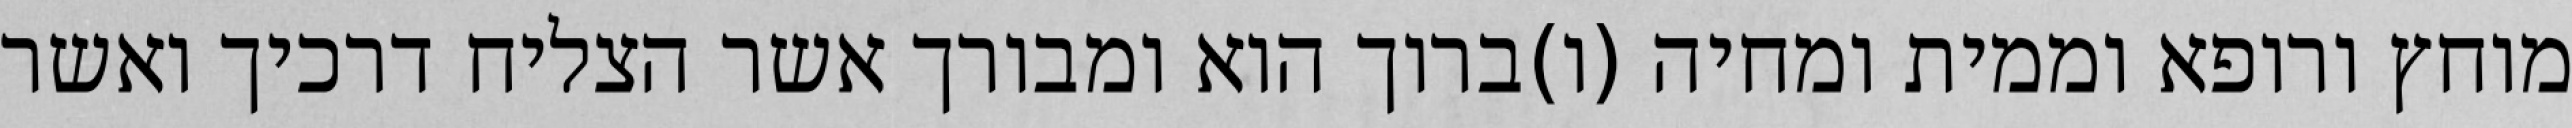
מוחץ ורופא וממית ומחיה (ו)ברוך הוא ומבורך אשר הצליח דרכיך ואשר